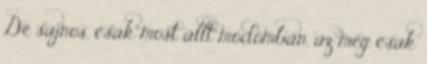
De sajnos, csak most állt módomban, az meg csak